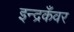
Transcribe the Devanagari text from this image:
इन्द्रकँवर